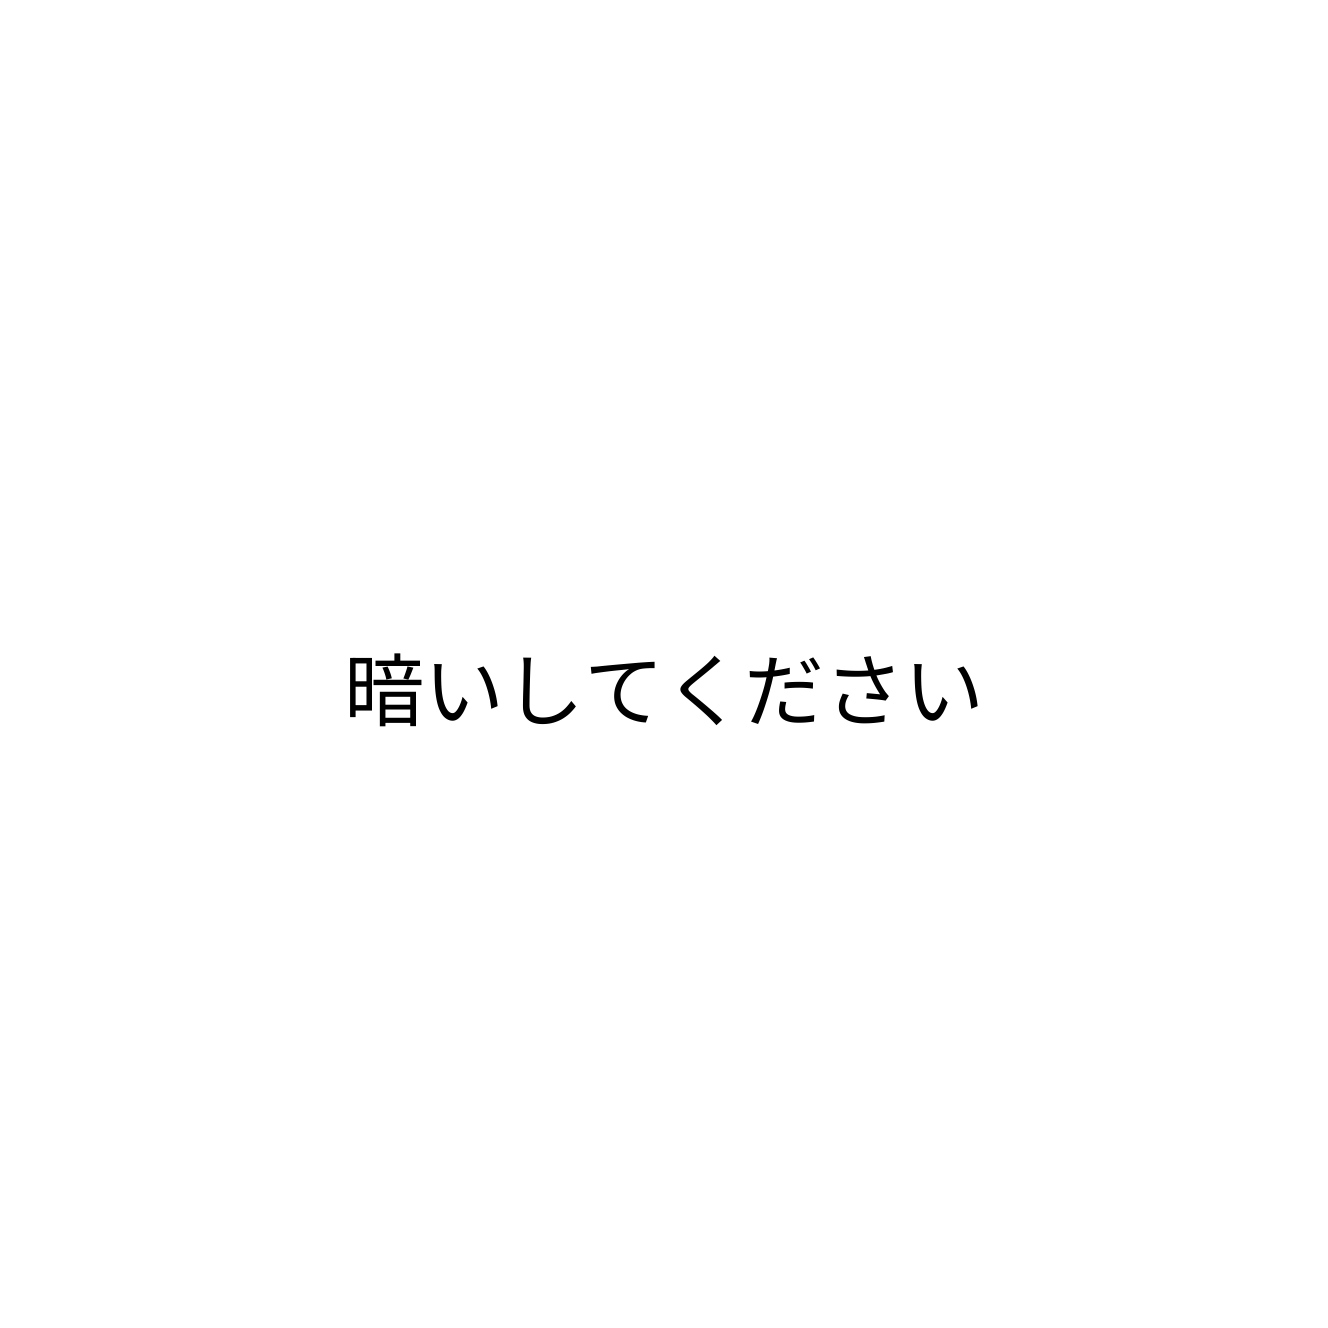
暗いしてください